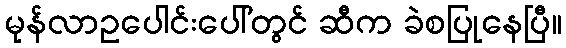
မုန်လာဥပေါင်းပေါ်တွင် ဆီက ခဲစပြုနေပြီ။